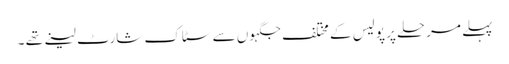
پہلے مرحلے پر پولیس کے مختلف جگہوں سے سٹاک شارٹ لینے تھے ۔